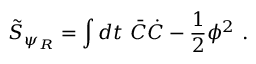
\tilde { S } _ { \psi _ { R } } = \int d t \ \bar { C } \dot { C } - { \frac { 1 } { 2 } } \phi ^ { 2 } \ .